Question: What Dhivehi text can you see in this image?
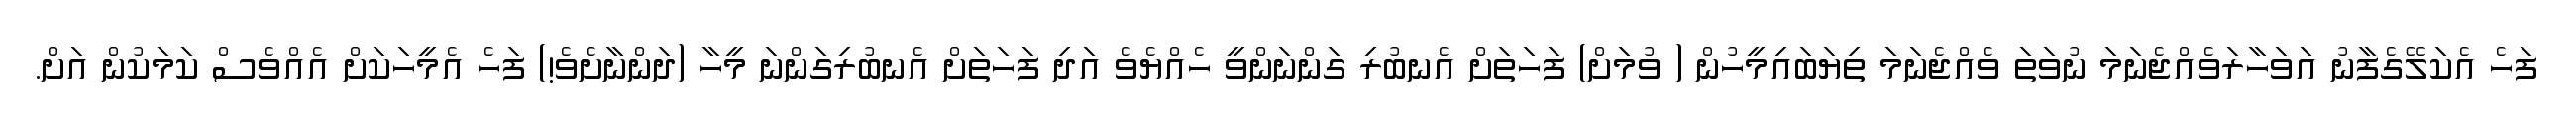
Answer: ފަހެ އެކަލޭގެފާނު އަވަހާރަވެއްޖެނަމަ ނުވަތަ ވެއްޖެނަމަ ތިޔަބައިމީހުން ( ވުމަށް) ފަހަތަށް އެނބުރި ގަންނަންވީ ހެއްޔެވެ އަދި ފަހަތަށް އެނބުރިގަންނަ މީހާ (ދަންނާށެވެ!) ފަހެ އެމީހަކަށް އެއްވެސް ކަމަކުން އަށް.